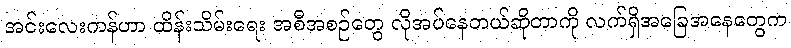
အင်းလေးကန်ဟာ ထိန်းသိမ်းရေး အစီအစဉ်တွေ လိုအပ်နေတယ်ဆိုတာကို လက်ရှိအခြေအနေတွေက